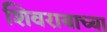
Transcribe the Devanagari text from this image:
शिवरायाच्या